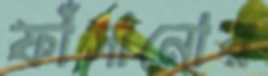
ফাঁসানোর